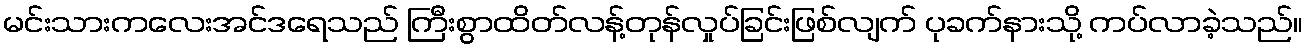
မင်းသားကလေးအင်ဒရေသည် ကြီးစွာထိတ်လန့်တုန်လှုပ်ခြင်းဖြစ်လျက် ပုခက်နားသို့ ကပ်လာခဲ့သည်။